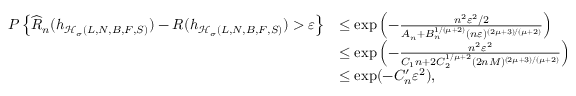
\begin{array} { r l } { P \left\{ \widehat { R } _ { n } ( h _ { \mathcal { H } _ { \sigma } ( L , N , B , F , S ) } ) - R ( h _ { \mathcal { H } _ { \sigma } ( L , N , B , F , S ) } ) > \varepsilon \right\} } & { \leq \exp \left( - \frac { n ^ { 2 } \varepsilon ^ { 2 } / 2 } { A _ { n } + B _ { n } ^ { 1 / ( \mu + 2 ) } ( n \varepsilon ) ^ { ( 2 \mu + 3 ) / ( \mu + 2 ) } } \right) } \\ & { \leq \exp \left( - \frac { n ^ { 2 } \varepsilon ^ { 2 } } { C _ { 1 } n + 2 C _ { 2 } ^ { 1 / \mu + 2 } ( 2 n M ) ^ { ( 2 \mu + 3 ) / ( \mu + 2 ) } } \right) } \\ & { \leq \exp ( - C _ { n } ^ { \prime } \varepsilon ^ { 2 } ) , } \end{array}